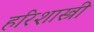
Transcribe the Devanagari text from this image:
हरिशास्त्री